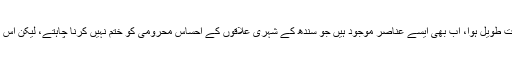
اس لئے کالی بھیڑوں کے خلاف آپریشن بھی بہت طویل ہوا، اب بھی ایسے عناصر موجود ہیں جو سندھ کے شہری علاقوں کے احساس محرومی کو ختم نہیں کرنا چاہتے، لیکن اس بار گیند ایک بار پھر متحدہ کی کورٹ میں ہے۔